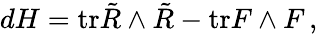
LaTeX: dH=\mathrm{tr}\tilde{R}\wedge\tilde{R}-\mathrm{tr}F\wedge F\, ,